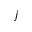
j